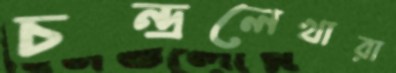
চন্দ্রলেখারা